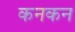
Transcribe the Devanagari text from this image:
कनकन